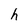
Character: h